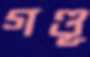
গণ্ডূ